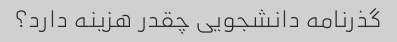
گذرنامه دانشجویی چقدر هزینه دارد؟